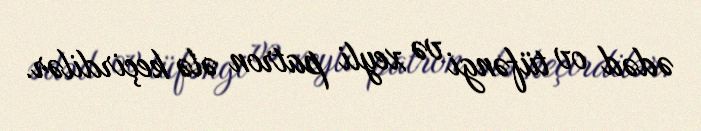
ədəd ov tüfəngi və xeyli patron ələ keçirdilər.